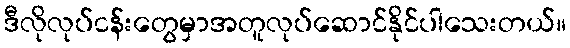
ဒီလိုလုပ်ငန်းတွေမှာအတူလုပ်ဆောင်နိုင်ပါသေးတယ်။